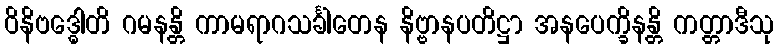
ဝိနိဗဒ္ဓေါတိ ဂမနန္တိ ကာမရာဂသင်္ခါတေန နိဗ္ဗာနပတိဋ္ဌာ အနပေက္ခိနန္တိ ကတ္တာဒီသု